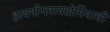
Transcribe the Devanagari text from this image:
हायपोग्लायसेमियाची